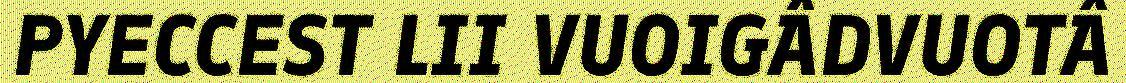
PYECCEST LII VUOIGÂDVUOTÂ